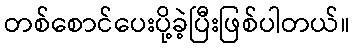
တစ်စောင်ပေးပို့ခဲ့ပြီးဖြစ်ပါတယ်။